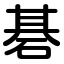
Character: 碁